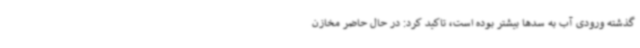
گذشته ورودی آب به سدها بیشتر بوده است، تاکید کرد: در حال حاضر مخازن